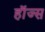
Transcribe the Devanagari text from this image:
हाॅज्स